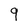
Character: q